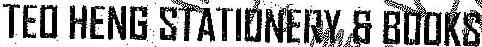
TEO HENG STATIONERY & BOOKS